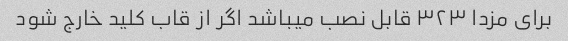
برای مزدا ۳۲۳ قابل نصب میباشد اگر از قاب کلید خارج شود